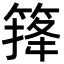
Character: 𥰏